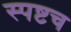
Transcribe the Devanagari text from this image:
स्पष्टच